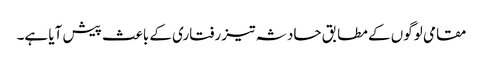
مقامی لوگوں کے مطابق حادثہ تیز رفتاری کے باعث پیش آیا ہے۔